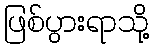
ဖြစ်ပွားရာသို့